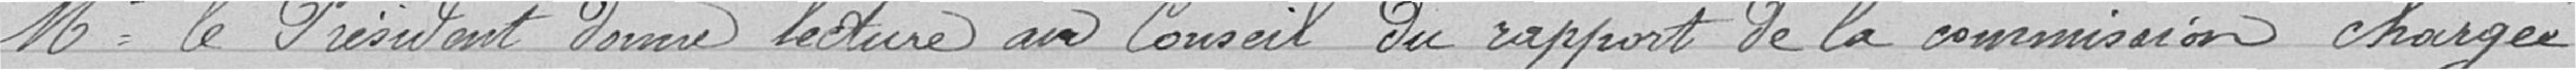
Monsieur le Président donne lecture au Conseil du rapport de la commission chargée